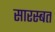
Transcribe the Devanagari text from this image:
सारस्बत